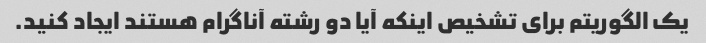
یک الگوریتم برای تشخیص اینکه آیا دو رشته آناگرام هستند ایجاد کنید.